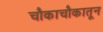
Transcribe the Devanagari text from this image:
चौकाचौकातून